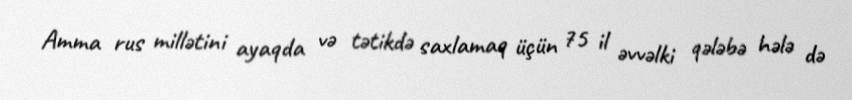
Amma rus millətini ayaqda və tətikdə saxlamaq üçün 75 il əvvəlki qələbə hələ də